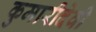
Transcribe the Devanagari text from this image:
कुमारीदेवी